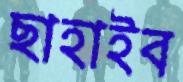
ছাহাইব